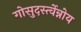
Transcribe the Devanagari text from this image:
गोसुदर्स्त्वेन्नोय